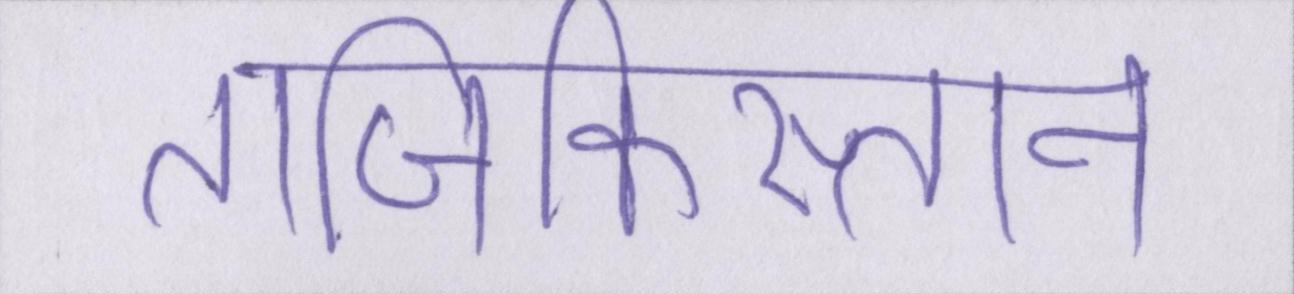
ताजिकिस्तान